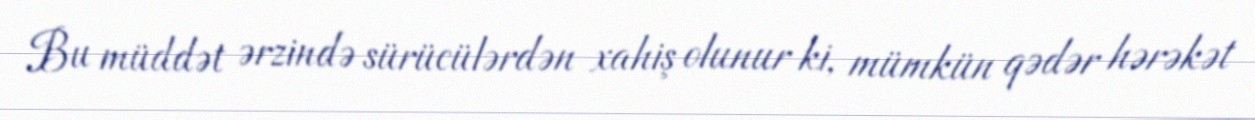
Bu müddət ərzində sürücülərdən xahiş olunur ki, mümkün qədər hərəkət